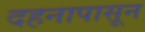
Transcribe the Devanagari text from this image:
दहनापासून